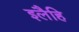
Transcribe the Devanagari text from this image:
इलैहि